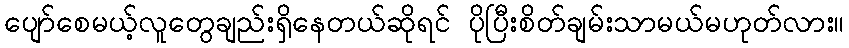
ပျော်စေမယ့်လူတွေချည်းရှိနေတယ်ဆိုရင် ပိုပြီးစိတ်ချမ်းသာမယ်မဟုတ်လား။